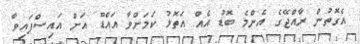
އެގޮތުން ރާއްޖޭގެ އެންމެ ބޮޑު އެއް އަތޮޅު ކަމަށްވާ އައްޑޫ އަށް އައިސްފައިވާ